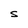
Character: S